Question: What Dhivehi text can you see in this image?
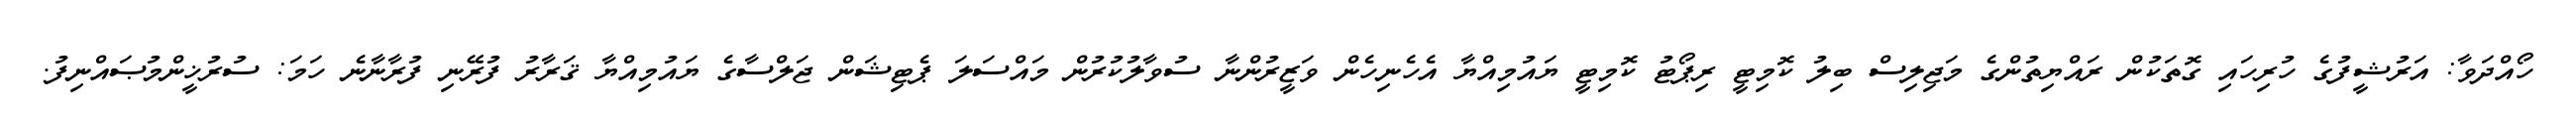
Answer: ހޯއްދަވާ: އަރުޝީފުގެ ހުރިހައި ގޮތަކުން ރައްޔިތުންގެ މަޖިލިސް ބިލު ކޮމިޓީ ރިޕޯޓު ކޮމިޓީ ޔައުމިއްޔާ އެހެނިހެން ވަޒީރުންނާ ސުވާލުކުރުން މައްސަލަ ޕެޓިޝަން ޖަލްސާގެ ޔައުމިއްޔާ ޤަރާރު ފުރޭނި ފުރާނާނެ ހަމަ: ސުރުޚީންމުޞައްނިފު.